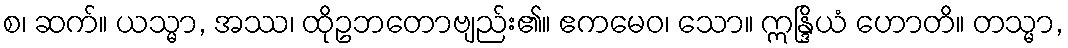
စ၊ ဆက်။ ယသ္မာ, အဿ၊ ထိုဥဘတောဗျည်း၏။ ဧကမေဝ၊ သော။ ဣန္ဒြိယံ ဟောတိ။ တသ္မာ,